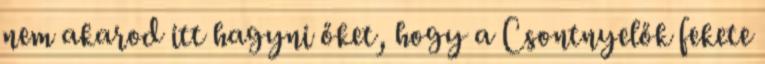
nem akarod itt hagyni őket, hogy a Csontnyelők fekete